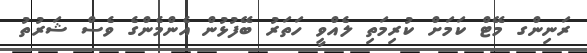
ރަނިންގ މޭޓް ކަމަށް ކުރިމަތި ލެއްވީ ހަތަރު ބޭފުޅުން އެންމެންގެ ވެސް ޝަރުތު